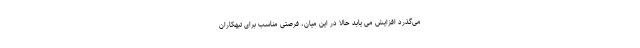
می‌گذرد افزایش می یابد حالا در این میان، فرصتی مناسب برای تبهکاران